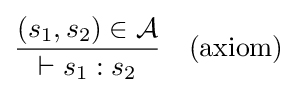
{\frac {(s_{1},s_{2})\in {\mathcal {A}}}{\vdash s_{1}:s_{2}}}\quad {\text{(axiom)}}